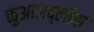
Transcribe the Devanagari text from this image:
क़ुआअद्लीस